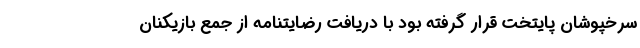
سرخپوشان پایتخت قرار گرفته بود با دریافت رضایتنامه از جمع بازیکنان